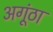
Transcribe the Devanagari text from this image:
अगूंठा